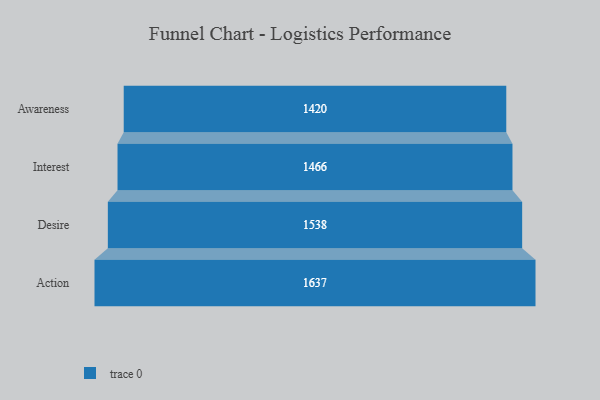
{"axis": {"x": "Stage", "y": "Value"}, "legend": [""], "data": [{"x": "Awareness", "y": 1420.0, "type": ""}, {"x": "Interest", "y": 1466.0, "type": ""}, {"x": "Desire", "y": 1538.0, "type": ""}, {"x": "Action", "y": 1637.0, "type": ""}]}